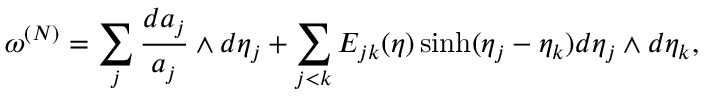
\omega \sp { ( N ) } = \sum _ { j } \frac { d a _ { j } } { a _ { j } } \wedge d \eta _ { j } + \sum _ { j < k } E _ { j k } ( \eta ) \sinh ( \eta _ { j } - \eta _ { k } ) d \eta _ { j } \wedge d \eta _ { k } ,